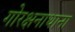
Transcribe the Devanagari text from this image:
गोरक्षनाथाना